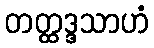
တတ္ထဒ္ဒသာဟံ